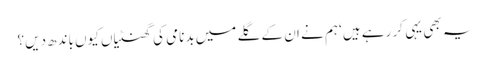
یہ بھی یہی کر رہے ہیں‘ ہم نے ان کے گلے میں بدنامی کی گھنٹیاں کیوں باندھ دیں؟